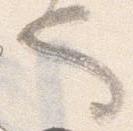
也